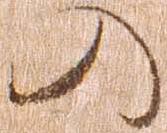
の